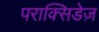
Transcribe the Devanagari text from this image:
पराक्सिडेज़